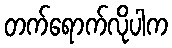
တက်ရောက်လိုပါက